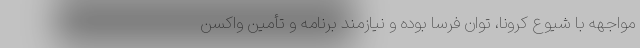
مواجهه با شیوع کرونا، توان فرسا بوده و نیازمند برنامه و تأمین واکسن